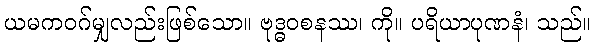
ယမကဝဂ်မျှလည်းဖြစ်သော။ ဗုဒ္ဓဝစနဿ၊ ကို။ ပရိယာပုဏနံ၊ သည်။